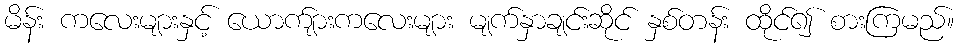
မိန်း ကလေးများနှင့် ယောက်ျားကလေးများ မျက်နှာချင်းဆိုင် နှစ်တန်း ထိုင်၍ စားကြမည်။